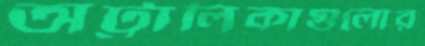
অট্টালিকাগুলোর